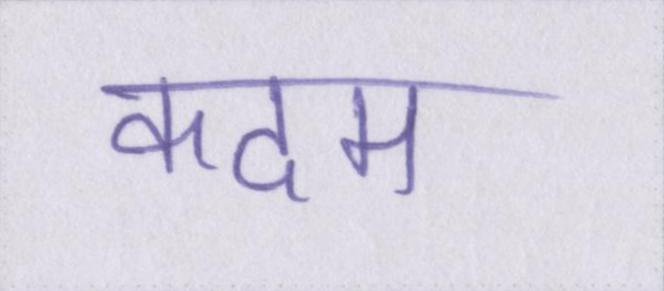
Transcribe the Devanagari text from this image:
कदम